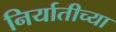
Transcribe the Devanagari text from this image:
निर्यातीच्या